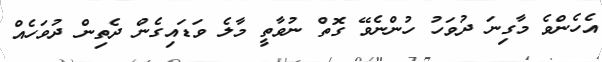
އެހެންވެ މާގިނަ ދުވަހު ހުންނެވޭ ގޮތް ނުވާތީ މާލެ ވަޑައިގެން ދެތިން ދުވަހެއް